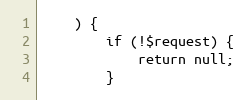
Language: PHP
    ) {
        if (!$request) {
            return null;
        }